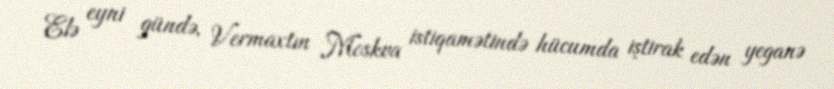
Elə eyni gündə, Vermaxtın Moskva istiqamətində hücumda iştirak edən yeganə